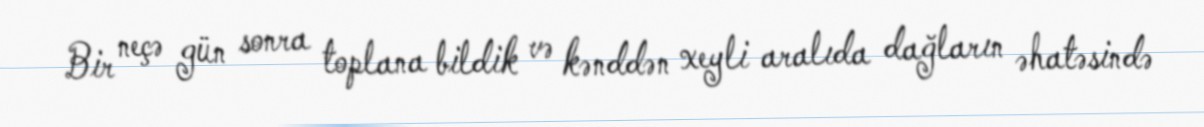
Bir neçə gün sonra toplana bildik və kənddən xeyli aralıda dağların əhatəsində